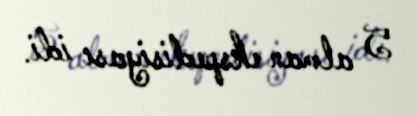
5 alman ekspedisiyası idi.